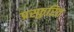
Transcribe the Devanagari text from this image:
प्रस्फुरित